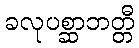
ခလုပစ္ဆာဘတ္တီ